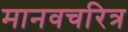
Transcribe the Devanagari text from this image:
मानवचरित्र